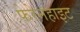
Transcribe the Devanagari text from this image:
फेरेनहाइट